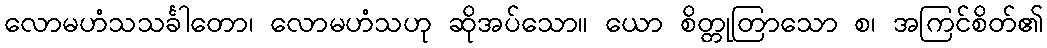
လောမဟံသသင်္ခါတော၊ လောမဟံသဟု ဆိုအပ်သော။ ယော စိတ္တုတြာသော စ၊ အကြင်စိတ်၏